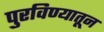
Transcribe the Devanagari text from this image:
पुरविण्यातून